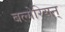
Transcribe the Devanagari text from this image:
बल्गेरियन्